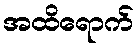
အထိရောက်